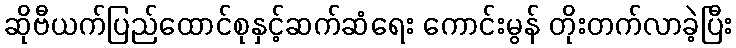
ဆိုဗီယက်ပြည်ထောင်စုနှင့်ဆက်ဆံရေး ကောင်းမွန် တိုးတက်လာခဲ့ပြီး